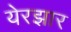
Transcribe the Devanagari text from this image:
येरझार